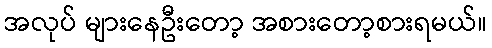
အလုပ် များနေဦးတော့ အစားတော့စားရမယ်။